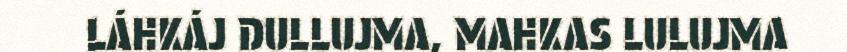
LÁHKÁJ DULLUJMA, MAHKAS LULUJMA